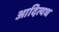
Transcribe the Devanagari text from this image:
आदित्यध